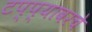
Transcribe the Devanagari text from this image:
टप्प्यावरचे